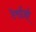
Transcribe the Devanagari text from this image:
टेर्राज़ो